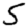
Digit: 5